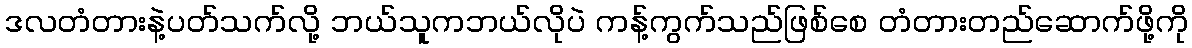
ဒလတံတားနဲ့ပတ်သက်လို့ ဘယ်သူကဘယ်လိုပဲ ကန့်ကွက်သည်ဖြစ်စေ တံတားတည်ဆောက်ဖို့ကို